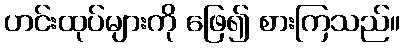
ဟင်းထုပ်များကို ဖြေ၍ စားကြသည်။